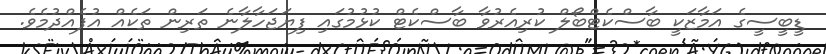
ޑީބީސީގެ އަމާޒަކީ ބާސްކެޓްބޯލް ކުރިއެރުވާ ބާސްކެޓް ކުޅުމުގައި ފިޔަޖަހާލާނެ ތަރިން ތަކެއް އުފެއްދުމެވެ.